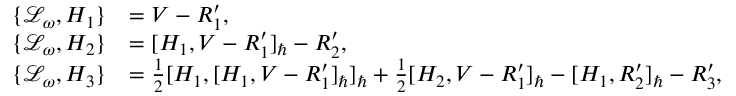
\begin{array} { r l } { \{ \mathcal { L } _ { \omega } , H _ { 1 } \} } & { = V - R _ { 1 } ^ { \prime } , } \\ { \{ \mathcal { L } _ { \omega } , H _ { 2 } \} } & { = [ H _ { 1 } , V - R _ { 1 } ^ { \prime } ] _ { \hbar } - R _ { 2 } ^ { \prime } , } \\ { \{ \mathcal { L } _ { \omega } , H _ { 3 } \} } & { = \frac { 1 } { 2 } [ H _ { 1 } , [ H _ { 1 } , V - R _ { 1 } ^ { \prime } ] _ { \hbar } ] _ { \hbar } + \frac { 1 } { 2 } [ H _ { 2 } , V - R _ { 1 } ^ { \prime } ] _ { \hbar } - [ H _ { 1 } , R _ { 2 } ^ { \prime } ] _ { \hbar } - R _ { 3 } ^ { \prime } , } \end{array}